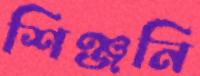
শিঞ্জনি